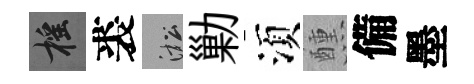
摇裘淞勦湏醺備墨